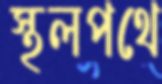
স্থলপথে